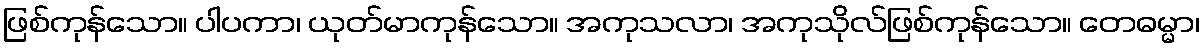
ဖြစ်ကုန်သော။ ပါပကာ၊ ယုတ်မာကုန်သော။ အကုသလာ၊ အကုသိုလ်ဖြစ်ကုန်သော။ တေဓမ္မာ၊